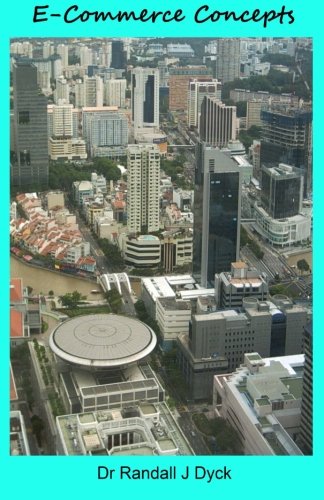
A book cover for E-Commerce Concepts; Dr Randall J Dyck; Computers & Technology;